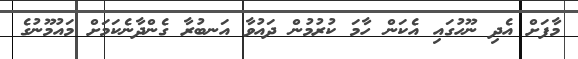
މާފަށް އެދި ނޫހުގައި އެކަން ހާމަ ކުރުމުން ދައުވާ އަނބުރާ ގެންދާނެކަމަށް މައުމޫނުގެ